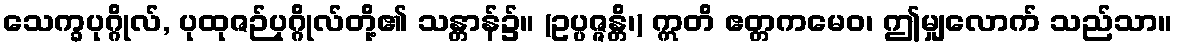
သေက္ခပုဂ္ဂိုလ်, ပုထုဇဉ်ပုဂ္ဂိုလ်တို့၏ သန္တာန်၌။ (ဥပ္ပဇ္ဇန္တိ၊) ဣတိ ဧတ္တကမေဝ၊ ဤမျှလောက် သည်သာ။